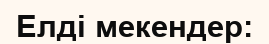
Елді мекендер: